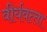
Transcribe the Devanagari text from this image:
वीर्यवत्‍ता